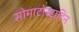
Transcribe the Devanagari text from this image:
सोमाटोस्टाटिन